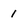
Character: 1